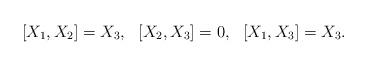
LaTeX: \begin{align*}[X_1,X_2]=X_3,~~[X_2,X_3]=0,~~[X_1,X_3]=X_3.\end{align*}